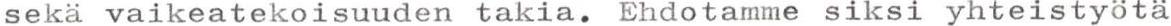
sekä vaikeatekoisuuden takia. Ehdotamme siksi yhteistyötä